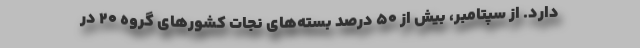
دارد. از سپتامبر، بیش از ۵۰ درصد بسته‌های نجات کشورهای گروه ۲۰ در